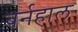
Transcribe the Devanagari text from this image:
बर्नहाल